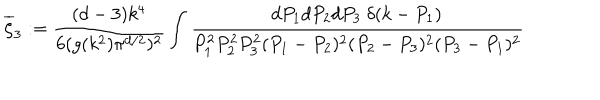
\overline { { \zeta } } _ { 3 } : = \frac { ( d - 3 ) k ^ { 4 } } { 6 ( g ( k ^ { 2 } ) \pi ^ { d / 2 } ) ^ { 2 } } \int \frac { d P _ { 1 } d P _ { 2 } d P _ { 3 } ~ \delta ( k - P _ { 1 } ) } { P _ { 1 } ^ { 2 } P _ { 2 } ^ { 2 } P _ { 3 } ^ { 2 } ( P _ { 1 } - P _ { 2 } ) ^ { 2 } ( P _ { 2 } - P _ { 3 } ) ^ { 2 } ( P _ { 3 } - P _ { 1 } ) ^ { 2 } }